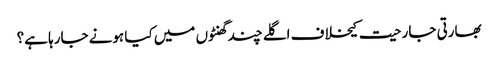
بھارتی جارحیت کیخلاف اگلے چند گھنٹوں میں کیا ہونے جارہا ہے؟